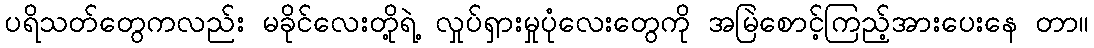
ပရိသတ်တွေကလည်း မခိုင်လေးတို့ရဲ့ လှုပ်ရှားမှုပုံလေးတွေကို အမြဲစောင့်ကြည့်အားပေးနေ တာ။